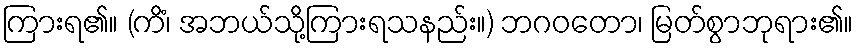
ကြားရ၏။ (ကိံ၊ အဘယ်သို့ကြားရသနည်း။) ဘဂဝတော၊ မြတ်စွာဘုရား၏။